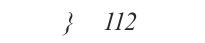
}  112